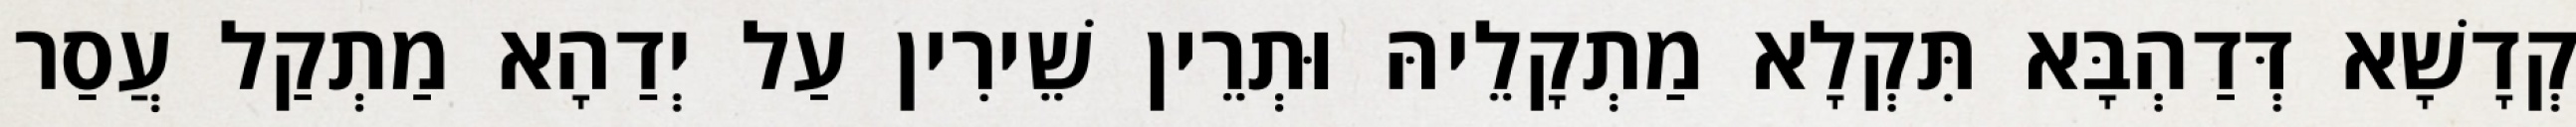
קְדָשָׁא דְּדַהְבָּא תִּקְלָא מַתְקָלֵיהּ וּתְרֵין שֵׁירִין עַל יְדַהָא מַתְקַל עֲסַר